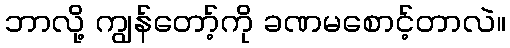
ဘာလို့ ကျွန်တော့်ကို ခဏမစောင့်တာလဲ။